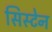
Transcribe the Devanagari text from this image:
सिस्टेन